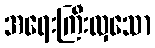
အရေးကြီးလှသော